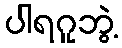
ပါရဂူဘွဲ့